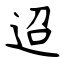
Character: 迢